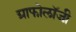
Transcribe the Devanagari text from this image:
ग्राफोलॉजी